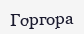
Горгора